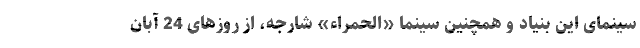
سینمای این بنیاد و همچنین سینما «الحمراء» شارجه، از روزهای 24 آبان